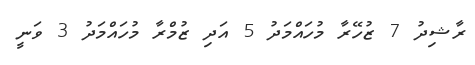
ރާޝިދު 7 ޒުހޭރާ މުހައްމަދު 5 އަދި ޒުމްރާ މުހައްމަދު 3 ވަނީ